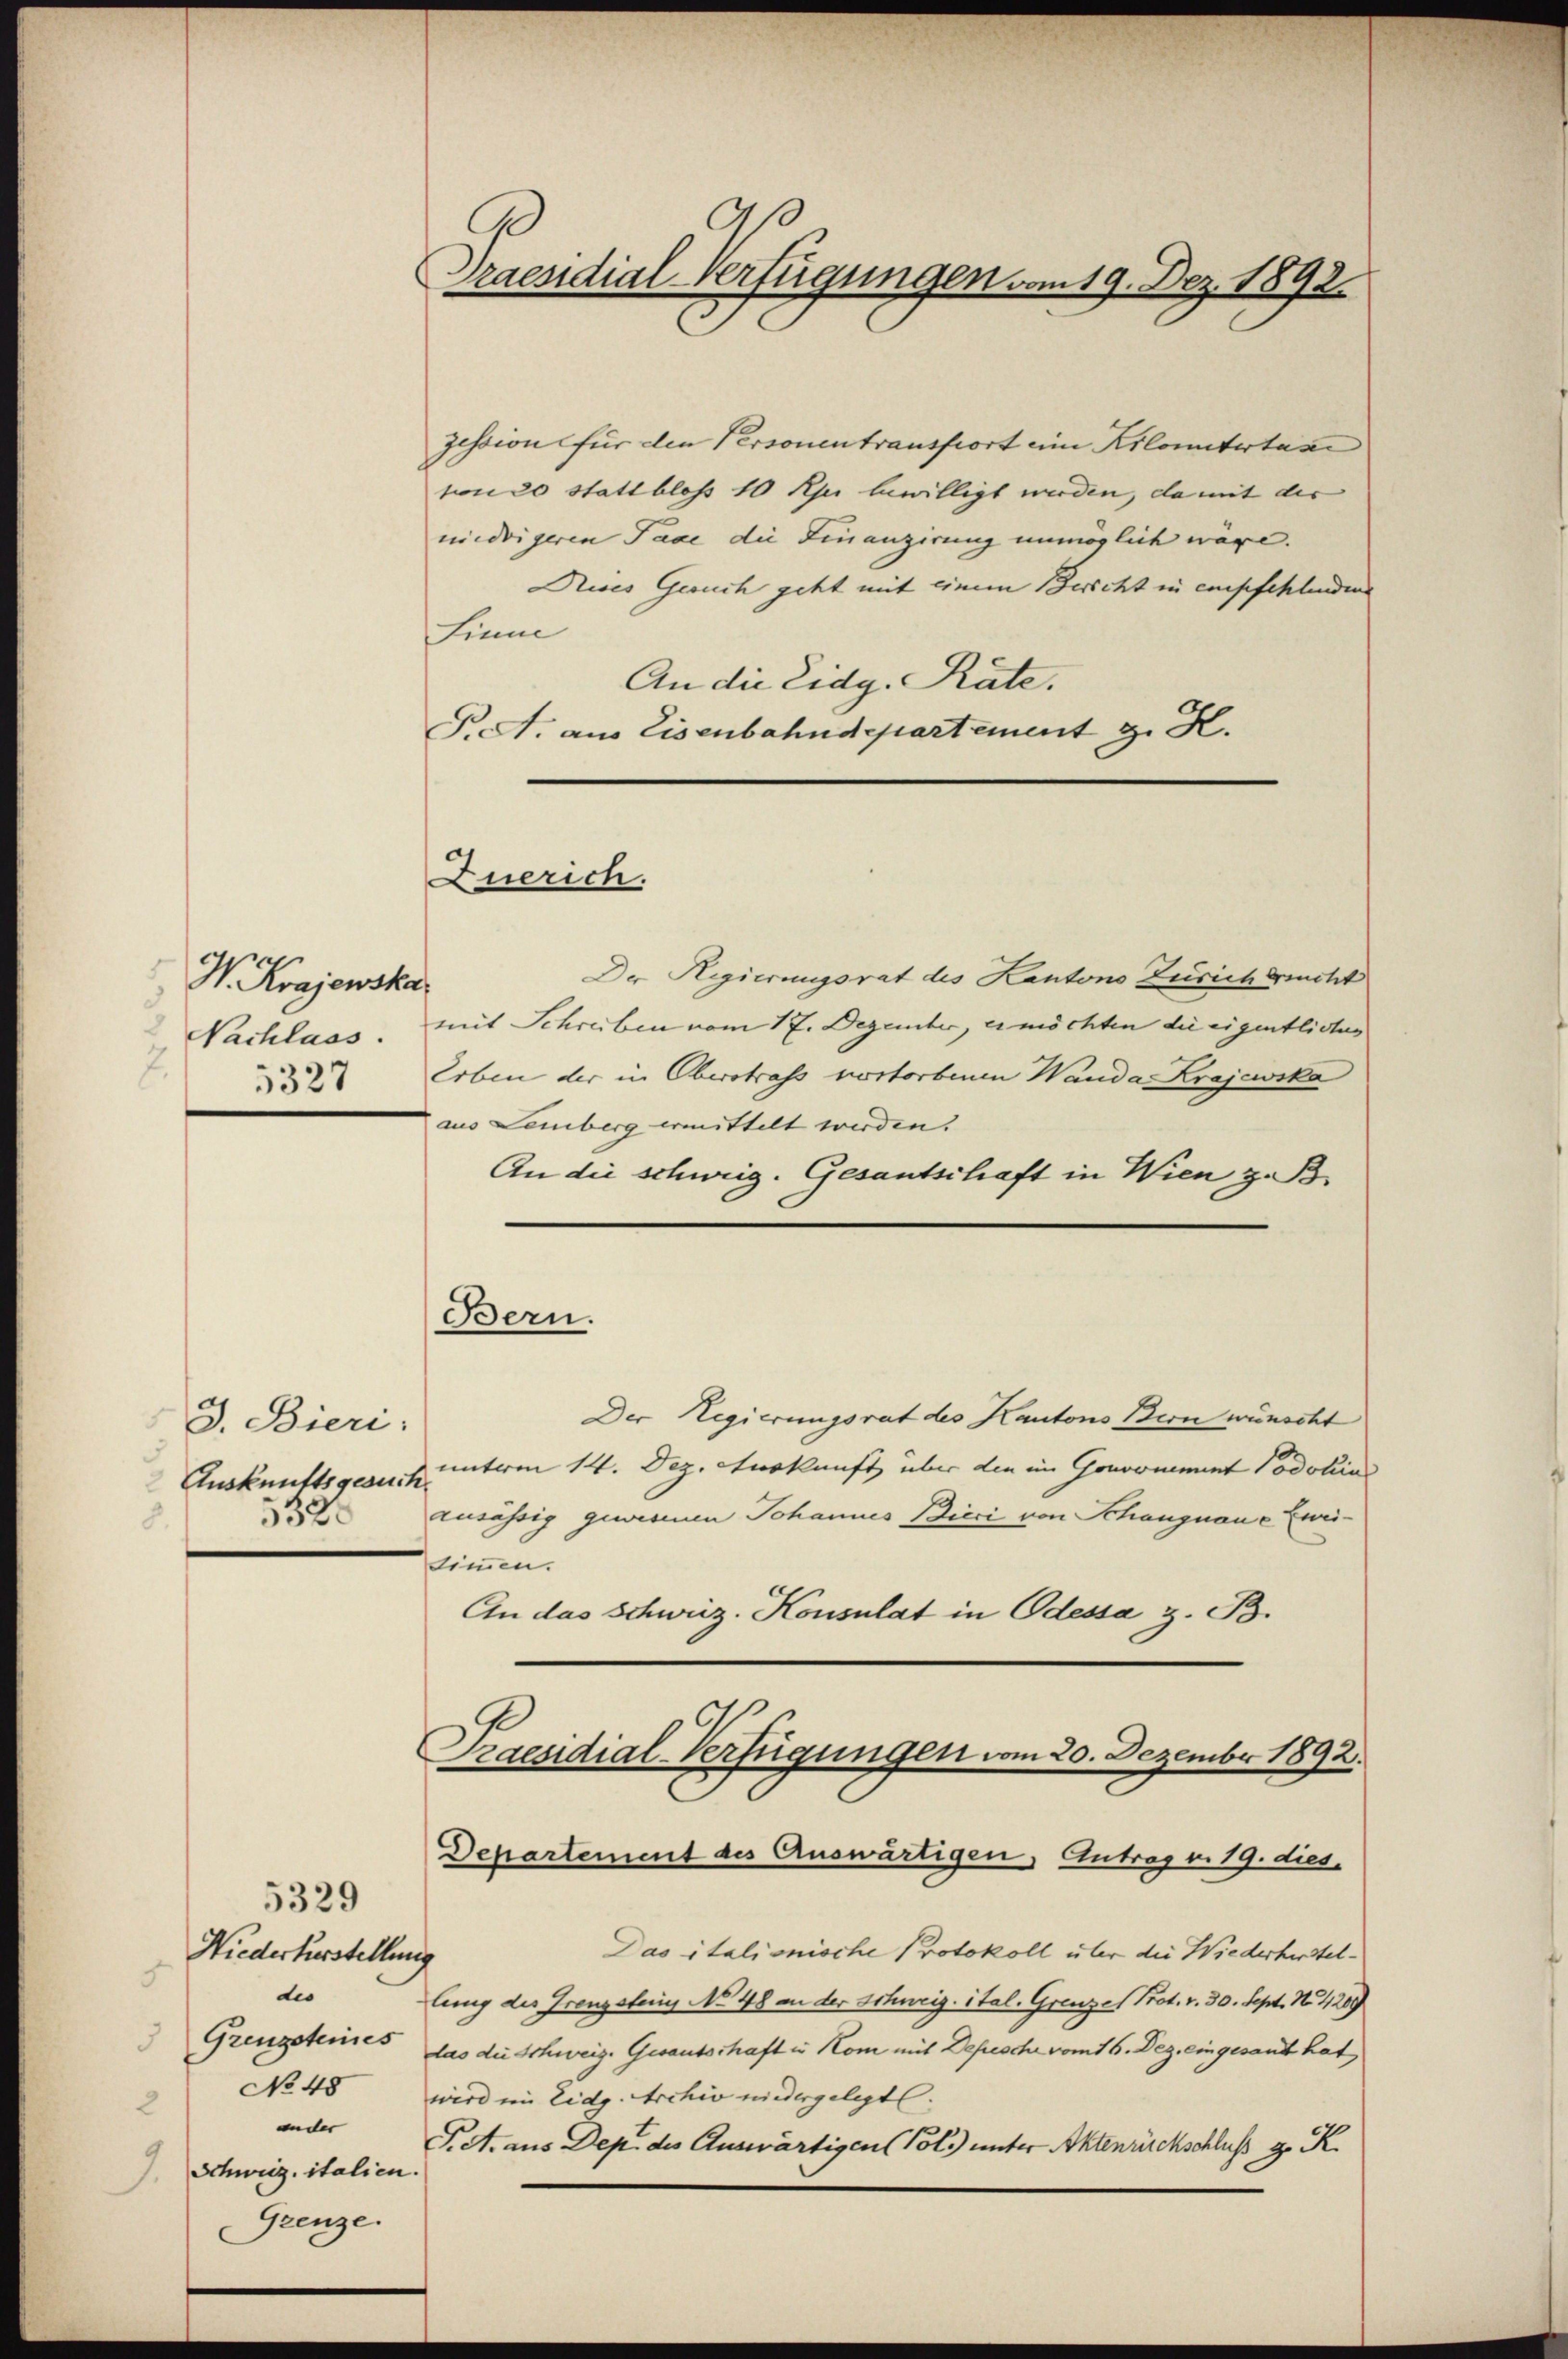
W. Krajewska
Nachlass.
2.
3327

J. Bieri:
Auskunftsgesuch.
332

Niederkerstellung
dio
Grenzsteines
 No 45
ander |
1.
Schweiz, italien.
Grenze.

5329

C
Praesidial-Verfügungen vom 19. Dez. 1892.

zession für den Personentransfort eine Kilometertun
von 20 statt bloss 10 Rp. bewilligt werden, da mit der
niedrigeren Pace die Finanzirung unmöglich wäre.
Dises Gesuch geht mit einem Bericht in empfehlenden
Sinne
An die Eidg. Räte.
P.a. aus Eisenbahndepartement z. K.
Der Regierungsrat des Kantons Zürich bracht
mit Schreiben vom 17. Dezember, es möchten die eigentliches
Erben der in Oberstraf vortorbenen Wanda Krajewska
aus Lemberg ermittelt werden.
An die schweig. Gesantschaft in Wien z. B.
Bern.
Der Regierungsrat des Kantons Bern wünscht
interm 14. Dez. Auskunft über die im Gonoment Podolins
ausässig gewinnen Johannes Bieci von Schangnaue Zweitimmen.
An das Schweiz. Konsulat in Odessa z. B.

Zuerich.

Praesidial-Verfügungen vom 20. Dezember 1892.
Departement des Auswärtigen, Antrag v. 19. dies

Das italionische Protokoll über die Wiederherstellung des Grenzsteig No 48 an der Schweiz, ital. Grenzel Prot. v. 30. Sept. No. 4289
las die Schweiz. Gesantschaft in Kom mit Depesche vom 16. Dez. eingesant hat,
wird ein Eidg. Archiv niedergelegt.
P.S. aus Dep. des Auswärtigen (Pol.) unter Aktenürchschluß g. K.